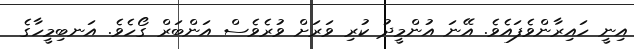
އިނީ ހައިރާންވެފައެވެ. އޭނަ އުންމީދު ކުރި ވަރަށް ވުރެވެސް އަންބަރް ގޯހެވެ. އަނބިމީހާގެ